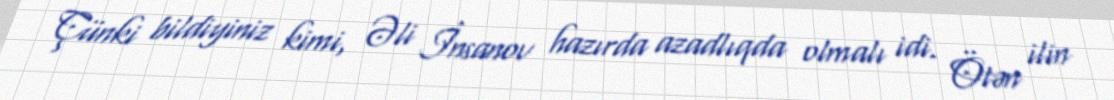
Çünki bildiyiniz kimi, Əli İnsanov hazırda azadlıqda olmalı idi. Ötən ilin